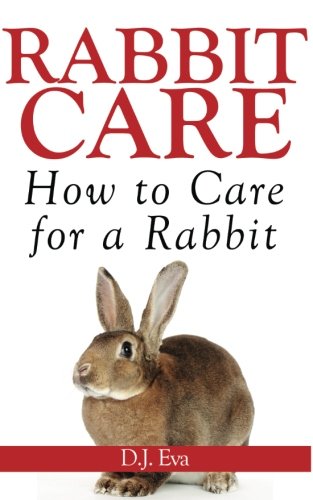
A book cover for Rabbit Care: How to Care for a Rabbit; D. J. Eva; Crafts, Hobbies & Home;